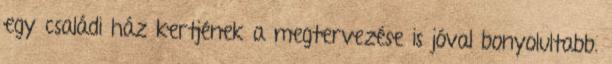
egy családi ház kertjének a megtervezése is jóval bonyolultabb.